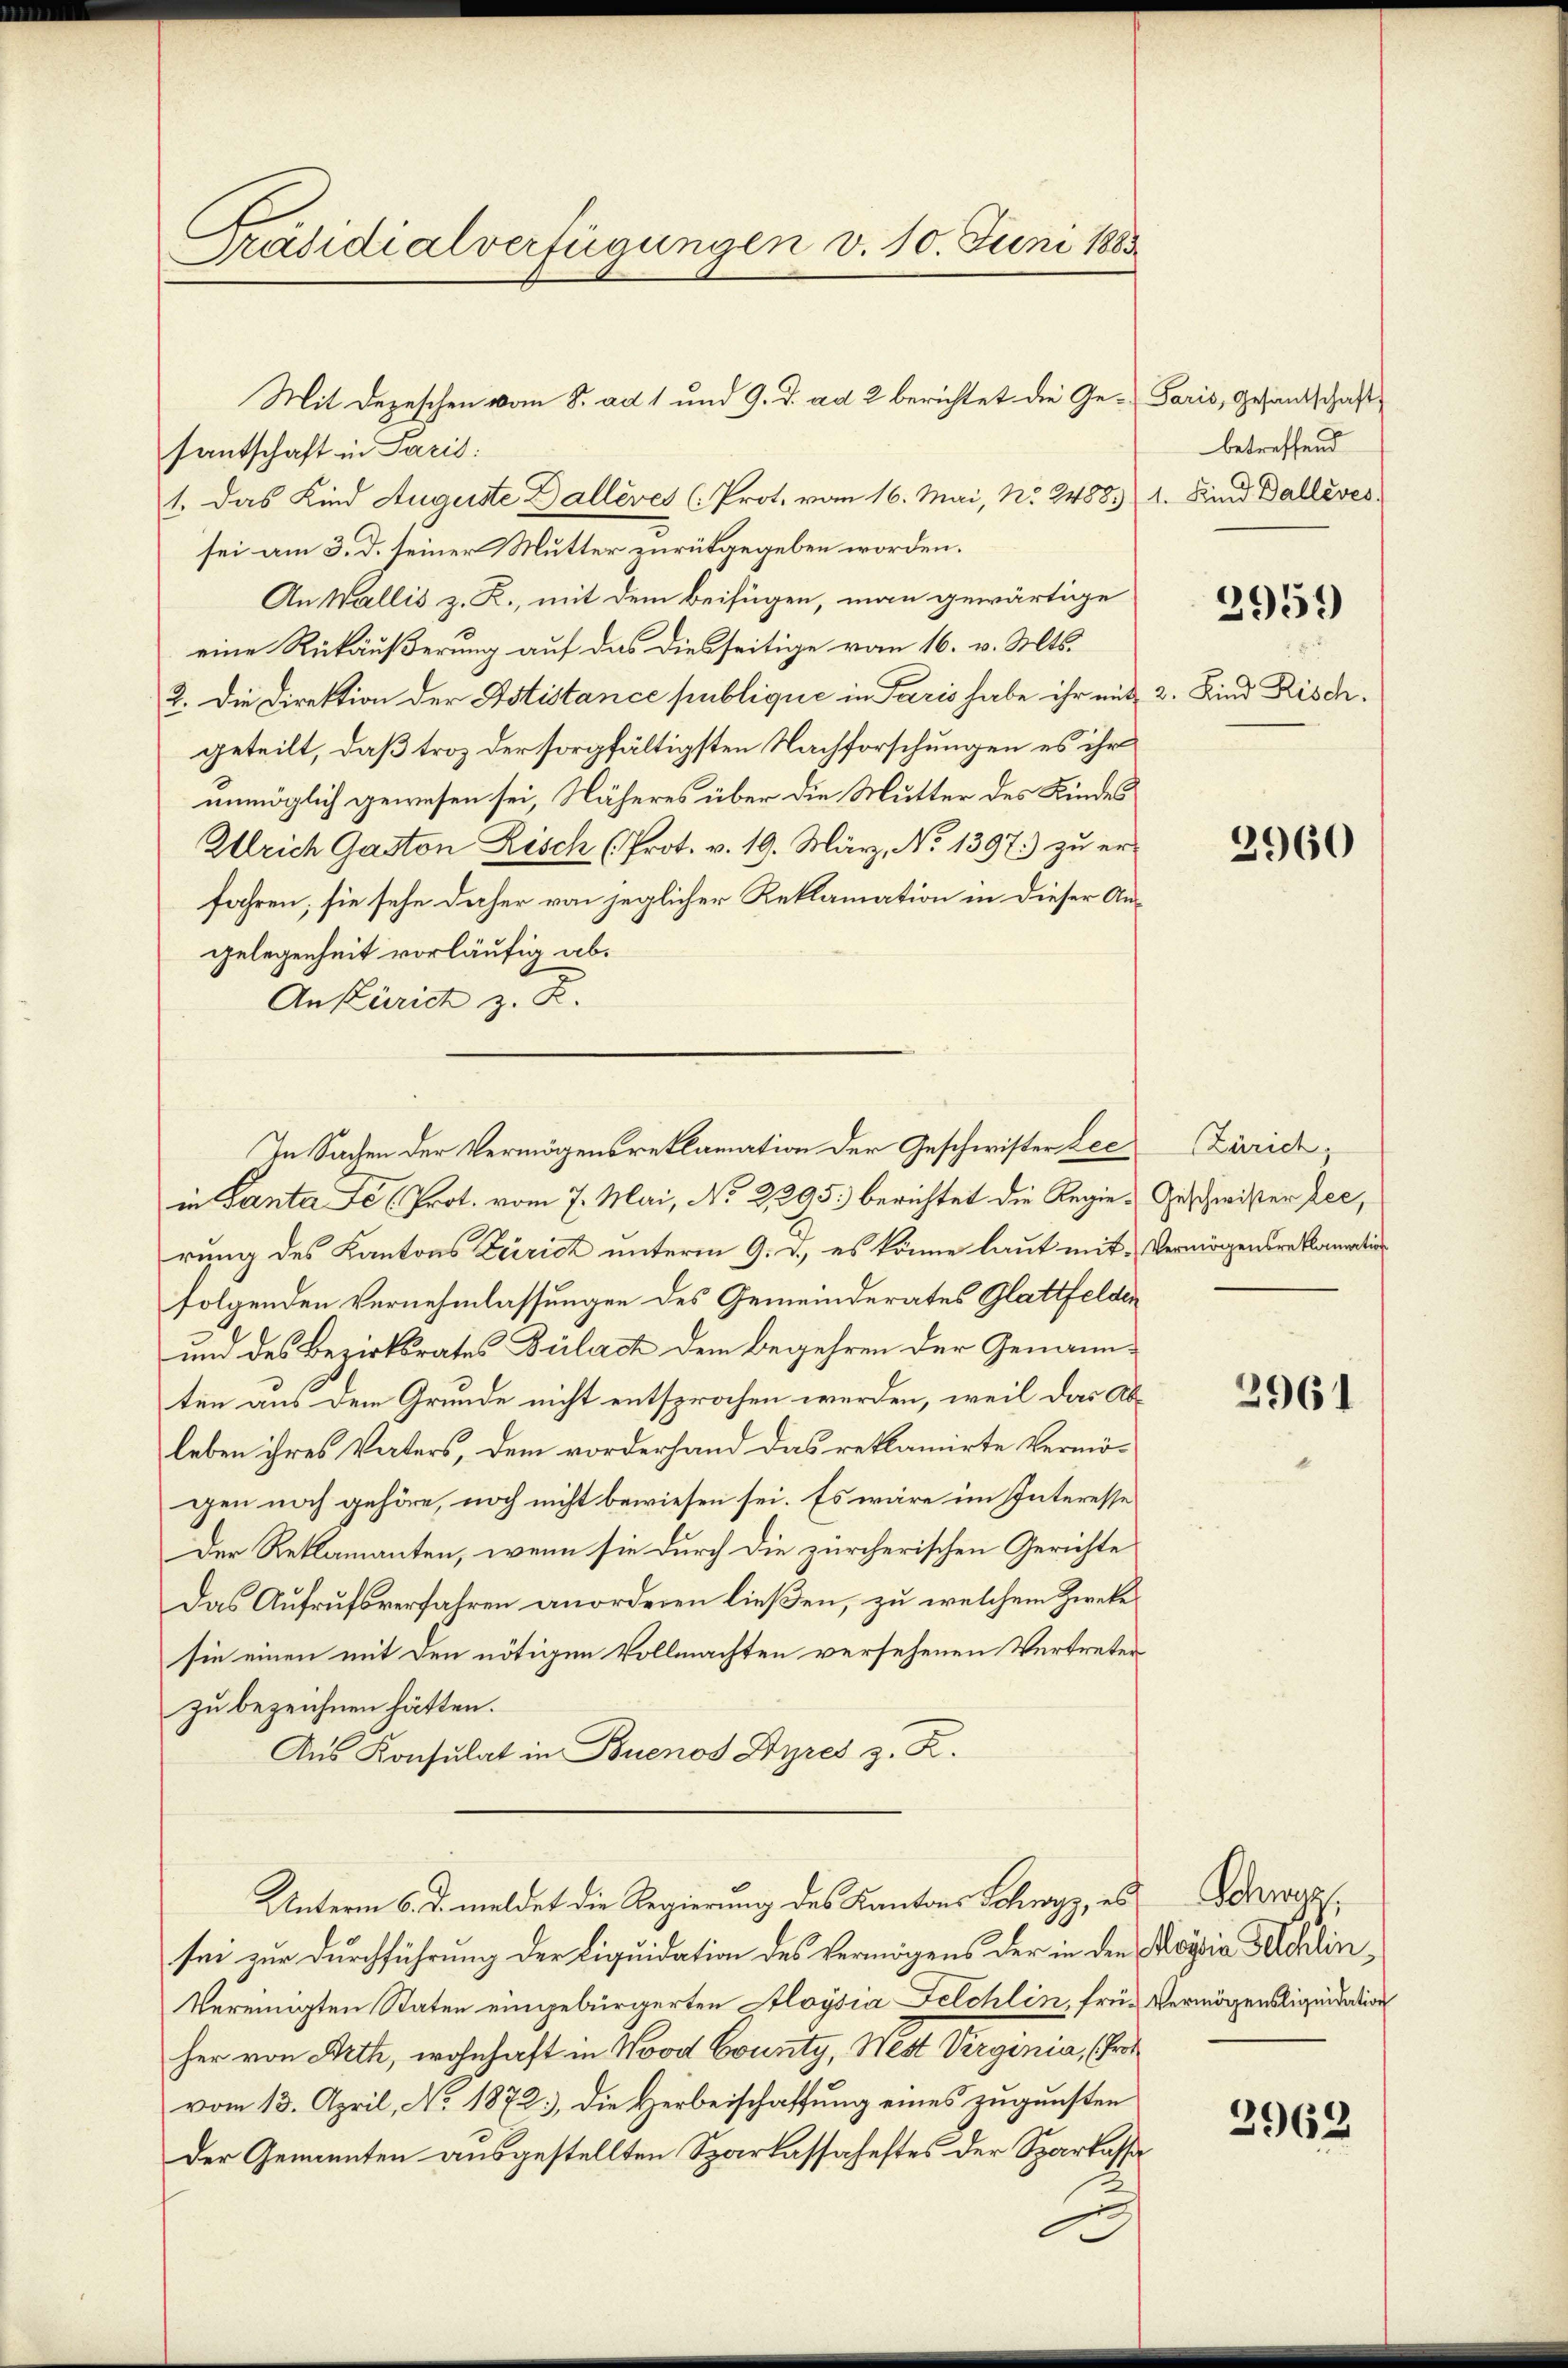
C
Präsidialverfügungen v. 10. Juni 1883.

santschaft in Paris
1. Das Kind Auguste Dalléves (Prot. vom 16. Mai, No. 248831. Sind Ballives
sei am 3. d. seiner Mutter zurückgegeben worden.
An Wallis z. R., mit dem Beifügen, man gewärtige
eine Rückäußerung auf das diesseitige vom 16. v. Mts.
2. Die Direktion der Astistance publique in Paris habe ihr mitgeteilt, daß troz der sorgfältigsten Nachforschungen es ihr
unmöglich gewesen sei, Näheres über die Mutter des Kindes
Ullrich Gaston Zisch (Prot. v. 19. März, No 1397.) zu erfahren; sie sehe daher von jeglicher Reklamation in dieser Angelegenheit vorläufig ab¬
An Zürich z. B.
in Santa e (Prot. vom 7. Mai, No 2295. berichtet die Regierung des Kantons Zürich unterm 9. d., es könne laut mit Vermögensreklamation
folgenden Vernehmlassungen des Gemeinderates Glattfeldin
und des Bezirksrates Bülach dem Begehren der Genannten aus dem Grunde nicht entsprochen werden, weil das Ableben ihres Vaters, dem vorderhand das reklamirte Vermö-
gen noch gehöre, noch nicht bewiesen sei. Es wäre im Interesse
Der Reklamanten, wenn sie durch die zürcherischen Gerichte
Das Aufrufsverfahren anorderen ließen, zu welchem Zwecke
sie einen mit den nötigen Vollmachten versehenen Vertreter
zu bezeichnen hätten.
Aus Konsulat in Buenos Ayres z. R.
Unterm 6. d. meldet die Regierung des Kantons Schwyz, es Schwer
sei zur Durchführung der Liquidation des Vermögens der in den Regia delin¬
Vereinigten Staten eingebürgerten Aloysia Felchlin, frü- Vermögensliquidation
her von Arth, wohnhaft in Nood County, Nest Virginia, (Prot
vom 13. April, No 1872, die Herbeischaffung eines zugunsten
Der Genannten ausgestellten Sparkassaheftes der Sparkass

Mit Depeschen vom 8. ad 1 und 9. d. ad 2 berichtet die Ge¬

In Sachen der Vermögensreklamation der Geschwister Lec

Paris, Gesantschaft
betreffend

2959

2. Kind Risch.

2960

Zürich,
Geschwister Lee,

2961

2963